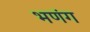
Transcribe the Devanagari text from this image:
भणंग